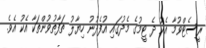
ރީސެޓްވުމާ އެކު ދެ ޓީމުގެ މެދުގައި އުފެދުނު ހިޔާލު ތަފާތުވުންތަކާ އެކު އެވެ.